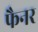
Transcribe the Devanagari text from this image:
फैनर